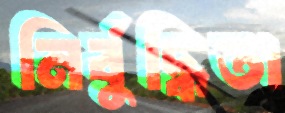
নির্বুদ্ধিতা